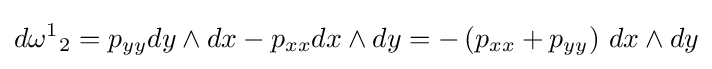
d{\omega ^{1}}_{2}=p_{yy}dy\wedge dx-p_{xx}dx\wedge dy=-\left(p_{xx}+p_{yy}\right)\,dx\wedge dy